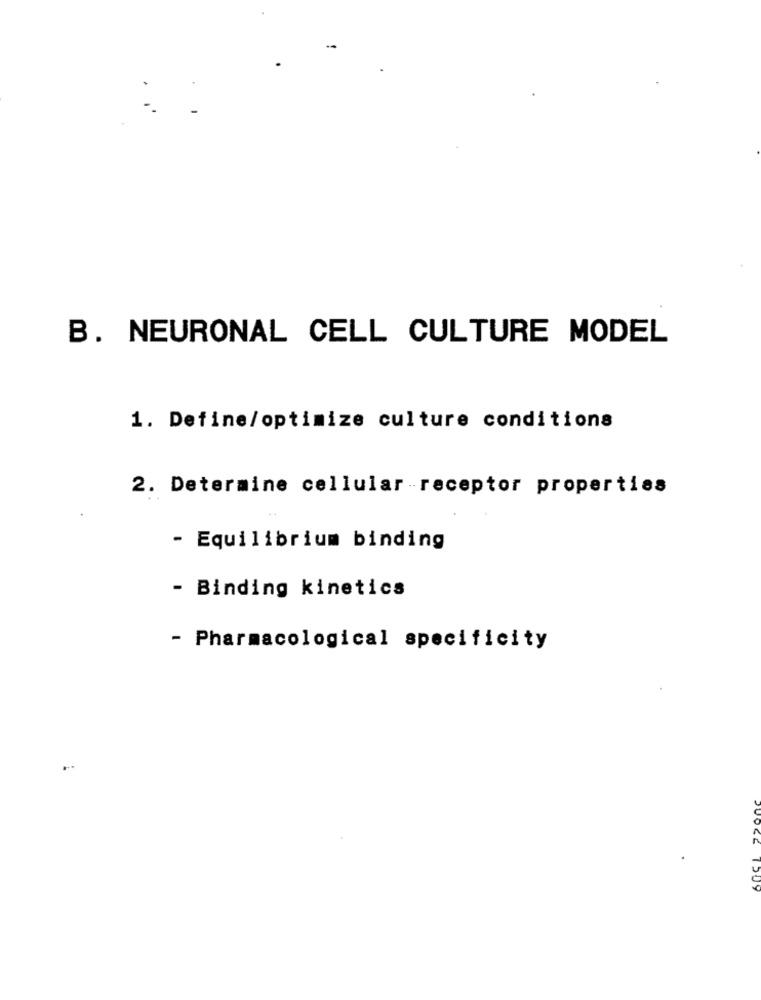
B. NEURONAL CELL CULTURE MODEL
1. Define/optimize culture conditions
2. Determine cellular -receptor properties
- Equilibrium binding
- Binding kinetics
- Pharmacological specificity
OCE 1509